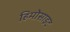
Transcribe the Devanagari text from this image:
हिमोसाइट